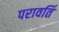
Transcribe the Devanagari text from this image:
परावर्ति